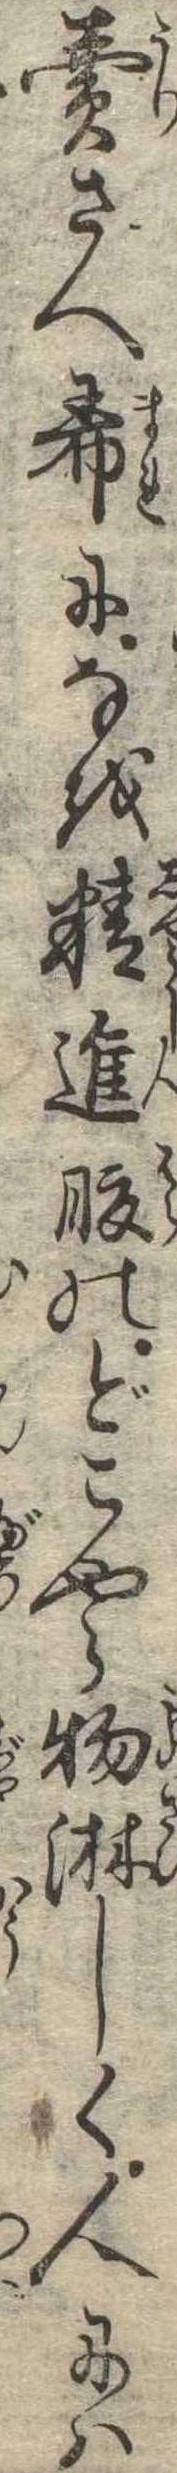
売さへ希になを精進腹のどこやら物淋しく人には